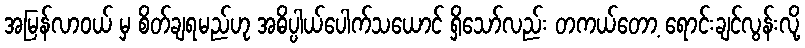
အမြန်လာဝယ် မှ စိတ်ချရမည်ဟု အဓိပ္ပါယ်ပေါက်သယောင် ရှိသော်လည်း တကယ်တော့ ရောင်းချင်လွန်းလို့